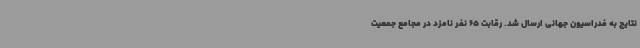
نتایج به فدراسیون جهانی ارسال شد. رقابت 65 نفر نامزد در مجامع جمعیت